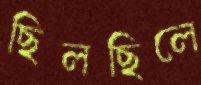
ছিলছিলে